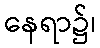
နေရာ၌၊